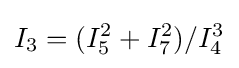
I_{3}=(I_{5}^{2}+I_{7}^{2})/I_{4}^{3}